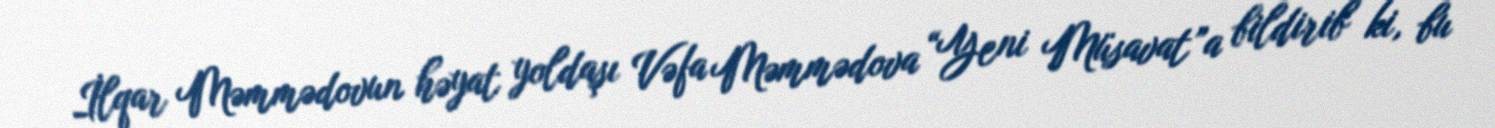
İlqar Məmmədovun həyat yoldaşı Vəfa Məmmədova “Yeni Müsavat”a bildirib ki, bu